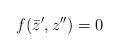
LaTeX: \begin{align*} f(\bar{z}',z'')=0\end{align*}